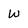
Character: W